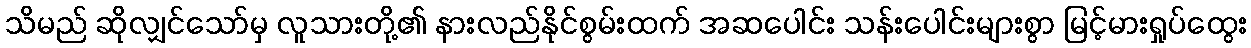
သိမည် ဆိုလျှင်သော်မှ လူသားတို့၏ နားလည်နိုင်စွမ်းထက် အဆပေါင်း သန်းပေါင်းများစွာ မြင့်မားရှုပ်ထွေး